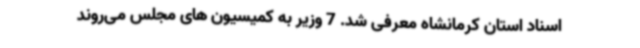
اسناد استان کرمانشاه معرفی شد. 7 وزیر به کمیسیون های مجلس می‌روند